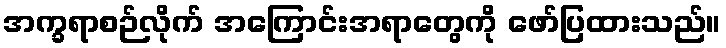
အက္ခရာစဉ်လိုက် အကြောင်းအရာတွေကို ဖော်ပြထားသည်။